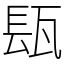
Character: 瓺